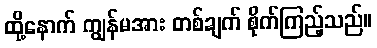
ထို့နောက် ကျွန်မအား တစ်ချက် စိုက်ကြည့်သည်။